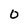
Character: O